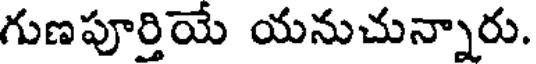
గుణపూర్తియే యనుచున్నారు.